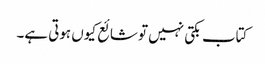
کتاب بکتی نہیں تو شائع کیوں ہوتی ہے۔